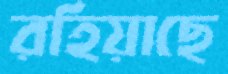
রহিয়াছে